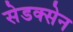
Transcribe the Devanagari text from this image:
सेडक्सेन